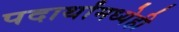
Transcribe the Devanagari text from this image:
पदार्थांमध्येही